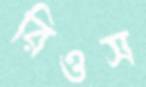
রিওস